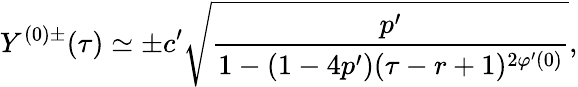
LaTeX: Y^{(0)\pm}(\tau)\simeq\pm c^{\prime}\sqrt{\frac{p^{\prime}}{1-(1-4p^{\prime})(\tau-r+1)^{2\varphi^{\prime}(0)}}},